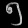
Digit: ၅